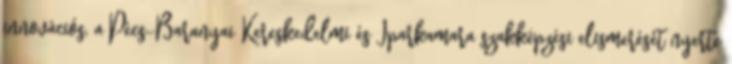
innovációs, a Pécs-Baranyai Kereskedelmi és Iparkamara szakképzési elismerését nyerte